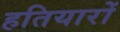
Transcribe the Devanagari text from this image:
हतियारों